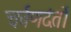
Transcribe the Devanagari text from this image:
चर्वणदंतों